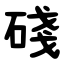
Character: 碊